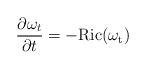
LaTeX: \begin{align*} \frac{\partial \omega_t}{\partial t}=-\rm{Ric}(\omega_t)\end{align*}